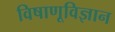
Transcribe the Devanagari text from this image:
विषाणूविज्ञान